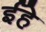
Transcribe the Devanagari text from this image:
ईहे